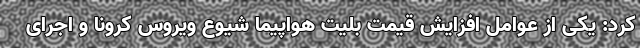
کرد: یکی از عوامل افزایش قیمت بلیت هواپیما شیوع ویروس کرونا و اجرای